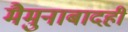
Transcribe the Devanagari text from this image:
मैमुनाबादही